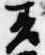
差